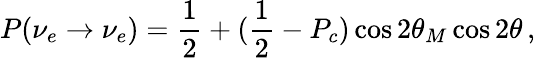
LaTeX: P(\nu_{e}\to\nu_{e})={\frac{1}{2}}+({\frac{1}{2}}-P_{c})\cos 2\theta_{M}\cos 2\theta\, ,